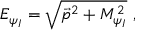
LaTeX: E _ { \psi _ { I } } = \sqrt { \vec { p } ^ { 2 } + M _ { \psi _ { I } } ^ { 2 } } \ ,